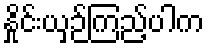
နှိုင်းယှဉ်ကြည့်ပါက